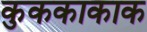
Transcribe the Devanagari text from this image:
कुककाकाक